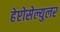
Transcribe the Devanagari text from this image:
हेप्टोसेल्युलर